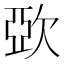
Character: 㰳